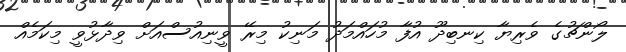
ލޯންޗުގެ ވެރިޔާ ކިނބިދޫ އުފާ މުހައްމަދު މަނިކު މިރޭ ވީނިއުސްއަށް ވިދާޅުވީ މިކަމެއް